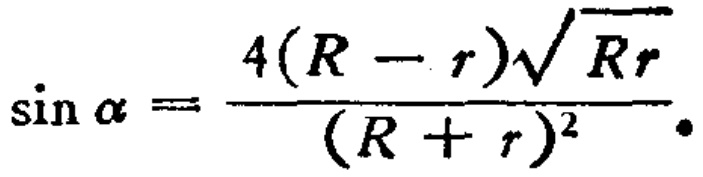
\(\sin \alpha =\frac{4(R - r)\sqrt{Rr}}{(R + r)^2}.\)